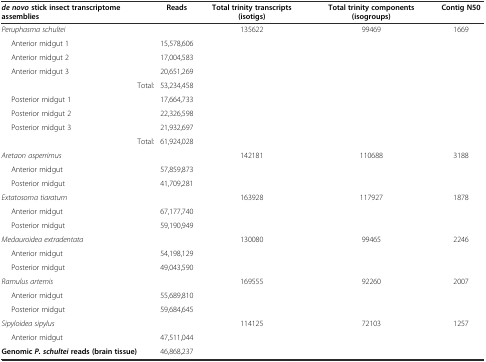
| de novostick insect transcriptome assemblies | Reads | Total trinity transcripts (isotigs) | Total trinity components (isogroups) | Contig N50 |
 | --- | --- | --- | --- | --- |
 | Peruphasma schultei |  | 135622 | 99469 | 1669 |
 | Anterior midgut 1 | 15,578,606 |  |  |  |
 | Anterior midgut 2 | 17,004,583 |  |  |  |
 | Anterior midgut 3 | 20,651,269 |  |  |  |
 | Total: | 53,234,458 |  |  |  |
 | Posterior midgut 1 | 17,664,733 |  |  |  |
 | Posterior midgut 2 | 22,326,598 |  |  |  |
 | Posterior midgut 3 | 21,932,697 |  |  |  |
 | Total: | 61,924,028 |  |  |  |
 | Aretaon asperrimus |  | 142181 | 110688 | 3188 |
 | Anterior midgut | 57,859,873 |  |  |  |
 | Posterior midgut | 41,709,281 |  |  |  |
 | Extatosoma tiaratum |  | 163928 | 117927 | 1878 |
 | Anterior midgut | 67,177,740 |  |  |  |
 | Posterior midgut | 59,190,949 |  |  |  |
 | Medauroidea extradentata |  | 130080 | 99465 | 2246 |
 | Anterior midgut | 54,198,129 |  |  |  |
 | Posterior midgut | 49,043,590 |  |  |  |
 | Ramulus artemis |  | 169555 | 92260 | 2007 |
 | Anterior midgut | 55,689,810 |  |  |  |
 | Posterior midgut | 59,684,645 |  |  |  |
 | Sipyloidea sipylus |  | 114125 | 72103 | 1257 |
 | Anterior midgut | 47,511,044 |  |  |  |
 | GenomicP. schulteireads (brain tissue) | 46,868,237 |  |  |  |